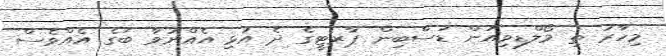
މިހާރު ތި މޯލްޑިވިއަން ޑަސްބިން ޕާރޓީގެ ދެ އުޅި އެއްނުވާ ބަގެ އެއްވެސް